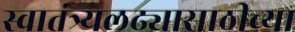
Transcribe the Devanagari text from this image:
स्वातंत्र्यलढ्यासाठीच्या